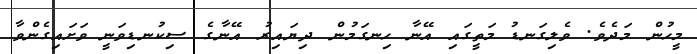
މީހުން މަދެވެ. ވެލިގަނޑު މަތީގައި އޭނާ ހިނގަމުން ދިޔައިރު އޭނާގެ ސިކުނޑިވަނީ ވަށައިގެންވާ